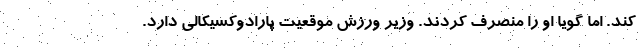
کند. اما گویا او را منصرف کردند. وزیر ورزش موقعیت پارادوکسیکالی دارد.